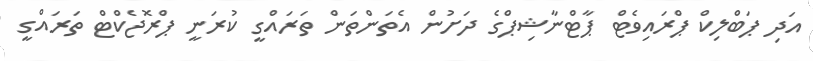
އަދި ޕަބްލިކް ޕްރައިވެޓް ޕާޓްނާޝިޕްގެ ދަށުން އެތަންތަން ތަރައްގީ ކުރަނީ ޕްރޮޖެކްޓް ތަރައްގީ